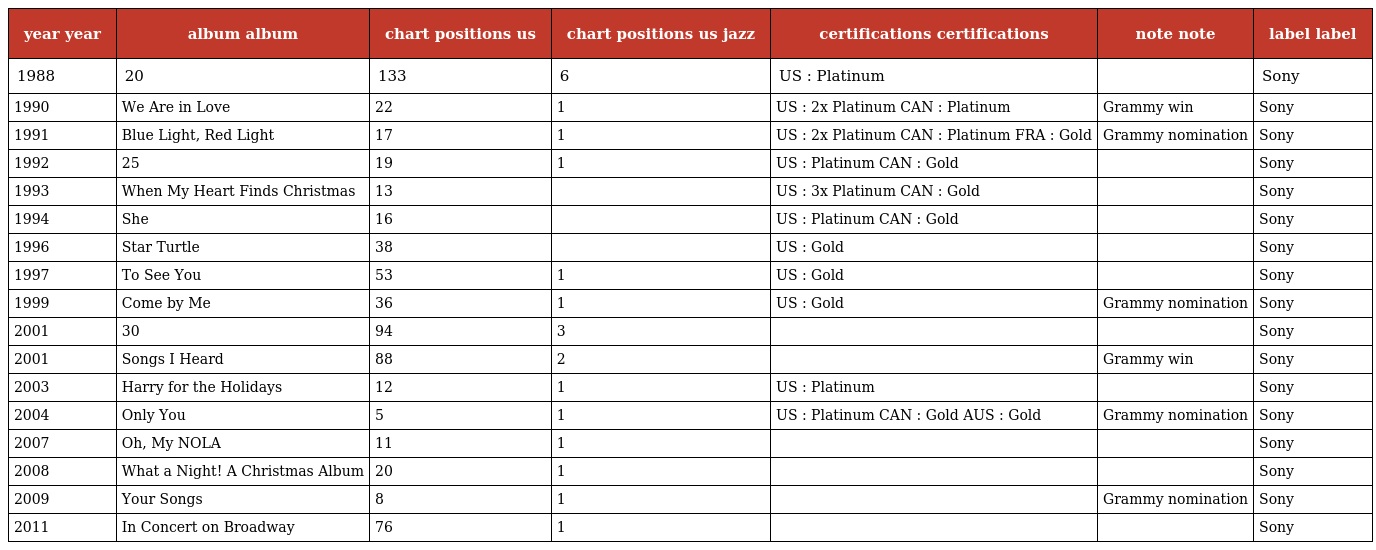
| year year | album album | chart positions us | chart positions us jazz | certifications certifications | note note | label label |
 | --- | --- | --- | --- | --- | --- | --- |
 | 1988 | 20 | 133 | 6 | US : Platinum |  | Sony |
 | 1990 | We Are in Love | 22 | 1 | US : 2x Platinum CAN : Platinum | Grammy win | Sony |
 | 1991 | Blue Light, Red Light | 17 | 1 | US : 2x Platinum CAN : Platinum FRA : Gold | Grammy nomination | Sony |
 | 1992 | 25 | 19 | 1 | US : Platinum CAN : Gold |  | Sony |
 | 1993 | When My Heart Finds Christmas | 13 |  | US : 3x Platinum CAN : Gold |  | Sony |
 | 1994 | She | 16 |  | US : Platinum CAN : Gold |  | Sony |
 | 1996 | Star Turtle | 38 |  | US : Gold |  | Sony |
 | 1997 | To See You | 53 | 1 | US : Gold |  | Sony |
 | 1999 | Come by Me | 36 | 1 | US : Gold | Grammy nomination | Sony |
 | 2001 | 30 | 94 | 3 |  |  | Sony |
 | 2001 | Songs I Heard | 88 | 2 |  | Grammy win | Sony |
 | 2003 | Harry for the Holidays | 12 | 1 | US : Platinum |  | Sony |
 | 2004 | Only You | 5 | 1 | US : Platinum CAN : Gold AUS : Gold | Grammy nomination | Sony |
 | 2007 | Oh, My NOLA | 11 | 1 |  |  | Sony |
 | 2008 | What a Night! A Christmas Album | 20 | 1 |  |  | Sony |
 | 2009 | Your Songs | 8 | 1 |  | Grammy nomination | Sony |
 | 2011 | In Concert on Broadway | 76 | 1 |  |  | Sony |